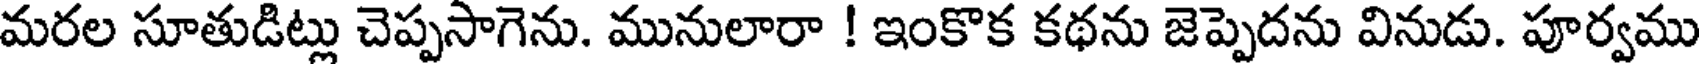
మరల సూతుడిట్లు చెప్పసాగెను. మునులారా ! ఇంకొక కథను జెప్పెదను వినుడు. పూర్వము